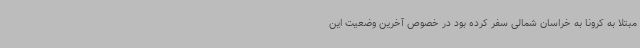
مبتلا به کرونا به خراسان شمالی سفر کرده بود در خصوص آخرین وضعیت این